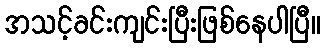
အသင့်ခင်းကျင်းပြီးဖြစ်နေပါပြီ။